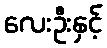
လေးဦးနှင့်